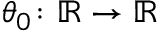
\theta _ { 0 } \colon \mathbb { R } \to \ensuremath { \mathbb { R } }